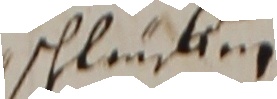
gschlauffen